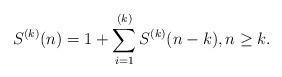
LaTeX: \begin{align*}S^{(k)}(n) = 1 + \sum_{i=1}^{(k)} S^{(k)}(n-k), n \geq k. \end{align*}